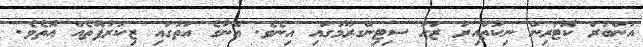
އަންބަރް ކޮޓަރިން ނިކުތްއިރު ޒަހާ ސިޓިންގރޫމުގައި އިނެވެ. އޭނާގެ އަތުގައި ޒިކުރުފޮތެއް އޮތެވެ.